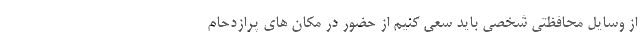
از وسایل محافظتی شخصی باید سعی کنیم از حضور در مکان های پرازدحام